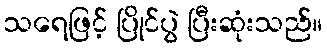
သရေဖြင့် ပြိုင်ပွဲ ပြီးဆုံးသည်။